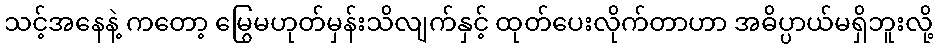
သင့်အနေနဲ့ ကတော့ မြွေမဟုတ်မှန်းသိလျက်နှင့် ထုတ်ပေးလိုက်တာဟာ အဓိပ္ပာယ်မရှိဘူးလို့